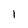
Character: I